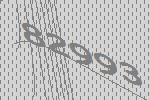
82993